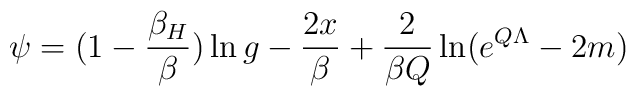
\psi=(1-{\beta_H \over \beta}) \ln g -{2x \over \beta} +{2 \over \beta Q}\ln (e^{Q \Lambda}-2m)